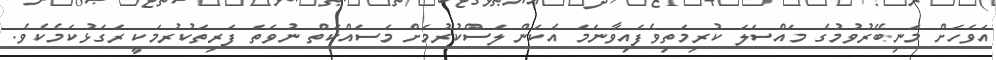
އަވަހަށް މަނިބޭރުވުމުގެ މައްސަލަ ކުރިމަތިވެފައިވާނަމަ އެކަން ލަސްކުރުމަށް މަސައްކަތް ނުވަތަ ފަރިތަކުރުމަކީ ރަގަޅުކަމެކެވެ.